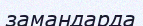
замандарда